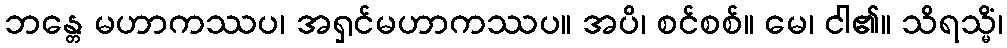
ဘန္တေ မဟာကဿပ၊ အရှင်မဟာကဿပ။ အပိ၊ စင်စစ်။ မေ၊ ငါ၏။ သိရသ္မိံ၊